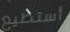
أستطيع